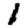
Digit: 1